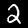
Digit: 2